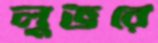
লুভরে